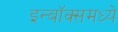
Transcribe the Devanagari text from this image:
इन्बॉक्समध्ये